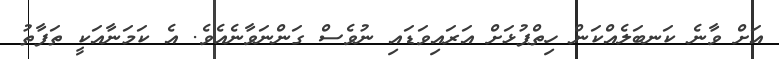
އަށް ވާނެ ކަނބަލެއްކަން ހިތްޕުޅަށް އަރައިވަޑައި ނުވެސް ގަންނަވާނެއެވެ. އެ ކަމަނާއަކީ ތަފާތު